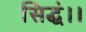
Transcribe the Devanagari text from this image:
सिद्धं।।